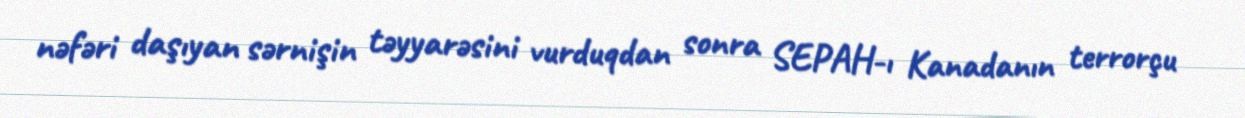
nəfəri daşıyan sərnişin təyyarəsini vurduqdan sonra SEPAH-ı Kanadanın terrorçu